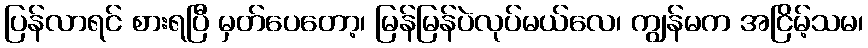
ပြန်လာရင် စားရပြီ မှတ်ပေတော့၊ မြန်မြန်ပဲလုပ်မယ်လေ၊ ကျွန်မက အငြိမ့်သမ၊